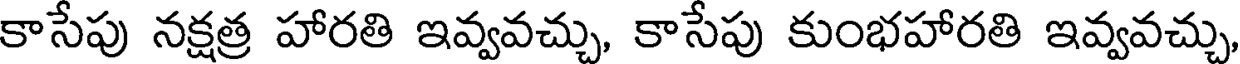
కాసేపు నక్షత్ర హారతి ఇవ్వవచ్చు, కాసేపు కుంభహారతి ఇవ్వవచ్చు